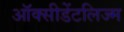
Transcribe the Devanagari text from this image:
ऑक्सीडेंटलिज्म